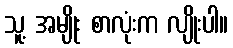
သူ့ အမျိုး စာလုံးက လျိုးပါ။